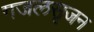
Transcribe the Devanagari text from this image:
गजलसृजन